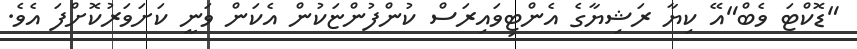
"ޑޮކްޓަ ވެބް"އޭ ކިޔާ ރަޝިޔާގެ އެންޓިވައިރަސް ކުންފުންޏަކުން އެކަން ވަނީ ކަށަވަރުކޮށްފަ އެވެ.